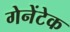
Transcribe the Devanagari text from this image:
गेनेंटेक